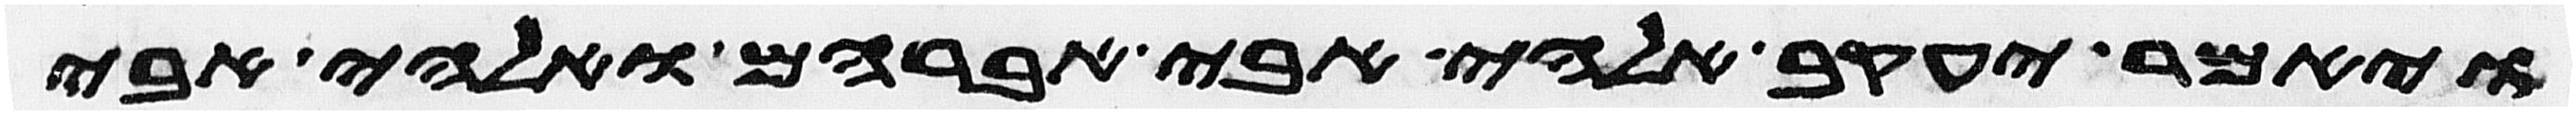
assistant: ויאמר יעקב אלהי אבי אברהם ואלהי אבי